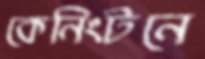
কেনিংটনে